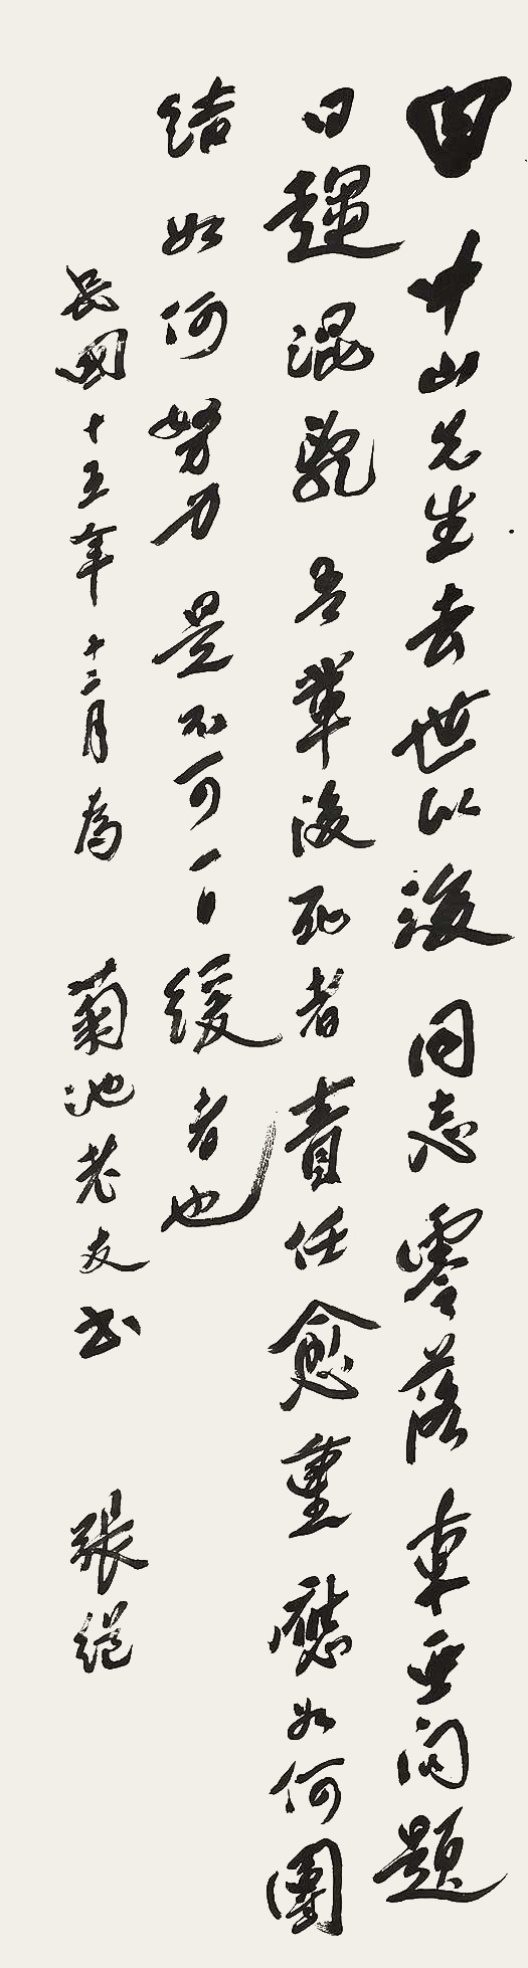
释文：田中山先生去世以后，同志零落，东亚问题日趋混乱。吾辈后死者责任愈重，应如何团结、如何努力。是不可一日缓者也。民国十五年（1926年）十二月，为菊池老友书张继。Lot.13-14为菊池良一上款